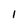
Character: l